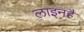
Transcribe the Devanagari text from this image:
लाइनहै